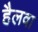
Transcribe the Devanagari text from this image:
हैलवा